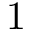
1